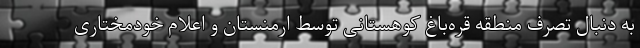
به دنبال تصرف منطقه قره‌باغ کوهستانی توسط ارمنستان و اعلام خودمختاری